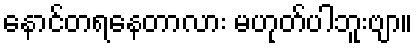
နောင်တရနေတာလား မဟုတ်ပါဘူးဗျာ။